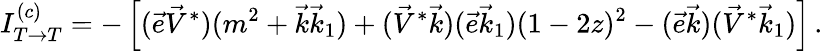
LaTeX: I_{T\to T}^{(c)}=-\left[(\vec{e}\vec{V}^{*})(m^{2}+\vec{k}\vec{k}_{1})+(\vec{V}^{*}\vec{k})(\vec{e}\vec{k}_{1})(1-2z)^{2}-(\vec{e}\vec{k})(\vec{V}^{*}\vec{k}_{1})\right]\, .